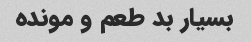
بسیار بد طعم و مونده